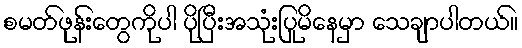
စမတ်ဖုန်းတွေကိုပါ ပိုပြီးအသုံးပြုမိနေမှာ သေချာပါတယ်။